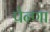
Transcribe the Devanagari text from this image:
पेन्णा